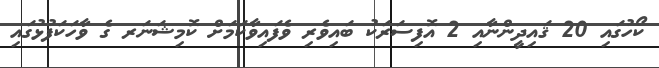
ކޯހުގައި 20 ޤައިދީންނާއި 2 އޮފިސަރަކު ބައިވެރި ވެފައިވާކަމަށް ކޮމިޝަނަރ ގެ ވާހަކަފުޅުގައި